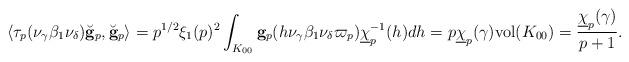
LaTeX: \begin{align*} \langle \tau_p(\nu_{\gamma}\beta_1\nu_{\delta})\breve{\mathbf g}_p, \breve{\mathbf g}_p \rangle = p^{1/2}\xi_1(p)^2 \int_{K_{00}} \mathbf g_p(h \nu_{\gamma}\beta_1\nu_{\delta} \varpi_p) \underline{\chi}_p^{-1}(h) dh = p \underline{\chi}_p(\gamma)\mathrm{vol}(K_{00}) = \frac{\underline{\chi}_p(\gamma)}{p+1}.\end{align*}